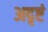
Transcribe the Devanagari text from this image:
अदृष्टं